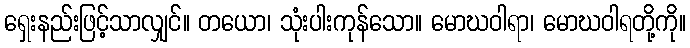
ရှေးနည်းဖြင့်သာလျှင်။ တယော၊ သုံးပါးကုန်သော။ မောဃဝါရာ၊ မောဃဝါရတို့ကို။